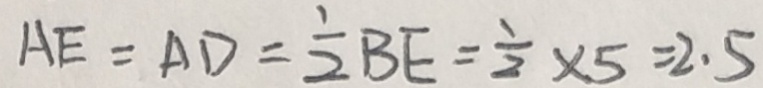
A E = A D = \frac { 1 } { 2 } B E = \frac { 1 } { 2 } \times 5 = 2 . 5